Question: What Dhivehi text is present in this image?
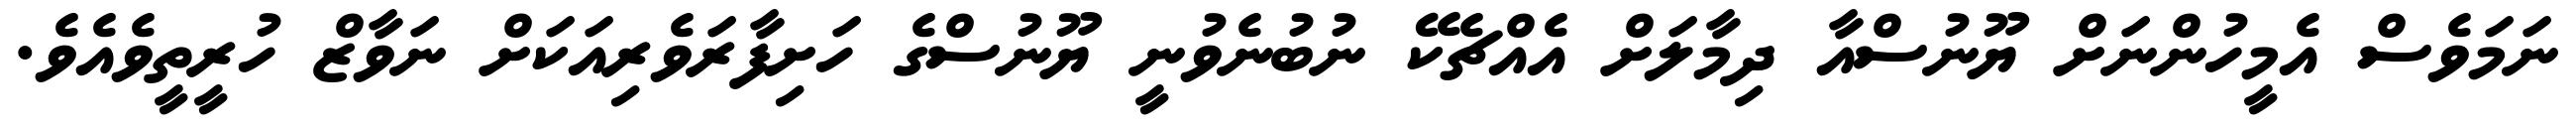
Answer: ނަމަވެސް އެމީހުންނަށް ޔޫނުސްއާ ދިމާލަށް އެއްޗެކޭ ނުބުނެވުނީ ޔޫނުސްގެ ހަށިފާރަވެރިއަކަށް ނަވާޒް ހުރީތީވެއެވެ.